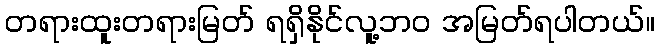
တရားထူးတရားမြတ် ရရှိနိုင်လူ့ဘ၀ အမြတ်ရပါတယ်။